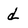
Character: d